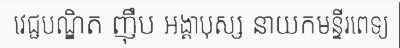
វេជ្ជបណ្ឌិត ញ៉ឹប អង្គាបុស្ស នាយកមន្ទីរពេទ្យ